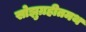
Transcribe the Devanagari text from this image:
सोझुग्रहीतमथ